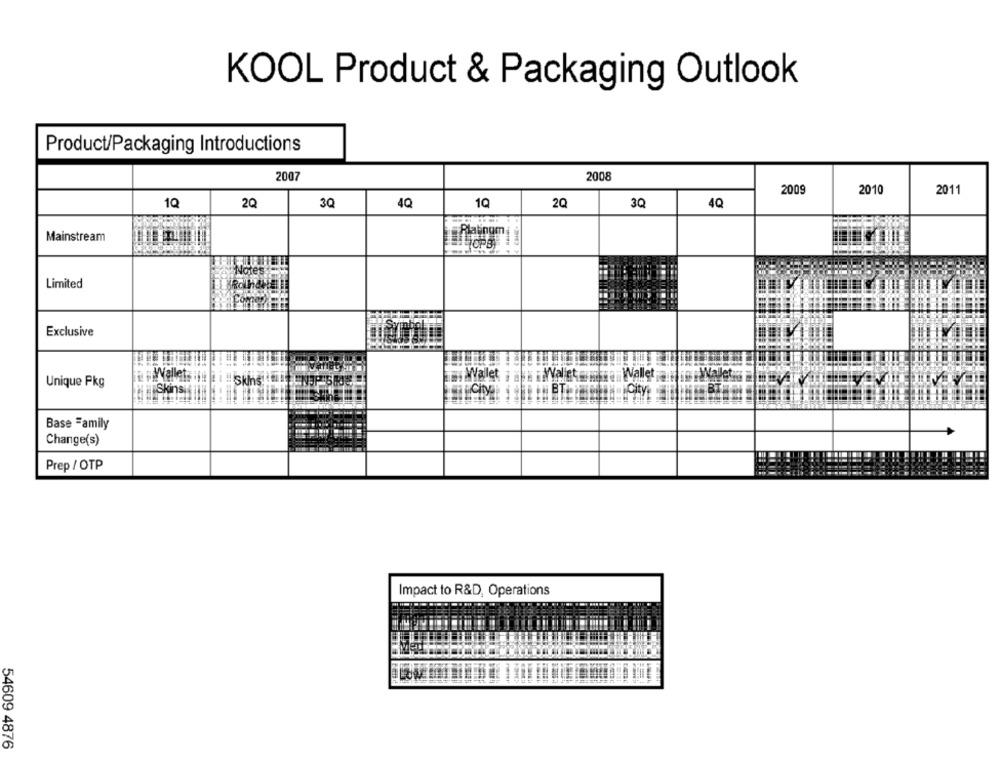
KOOL Product & Packaging Outlook
Product/Packaging Introductions
2007
2008
2009
2010
2011
1Q
2Q
3Q
4Q
1Q
2Q
3Q
40
Mainstream
Limited
Exclusive
miYalet
Vallet
Wallet
¡Wallet ;;
Unique Pkg
MBTA
Base Family
Change(s)
Prep / OTP
Impact to R&D, Operations
54609 4876